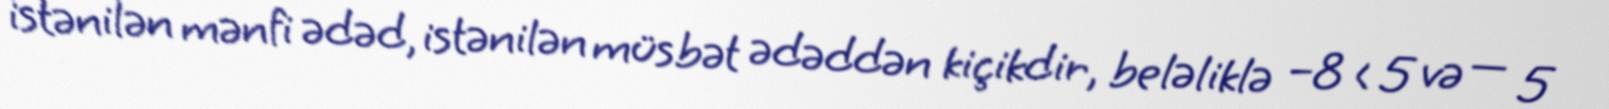
istənilən mənfi ədəd, istənilən müsbət ədəddən kiçikdir, beləliklə −8 < 5 və — 5